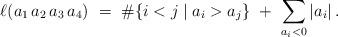
LaTeX: \begin{align*} \ell(a_1\,a_2\,a_3\,a_4)\ =\ \#\{i<j\mid a_i>a_j\}\ +\ \sum_{a_i<0} |a_i|\,.\end{align*}